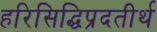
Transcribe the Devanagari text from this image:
हरिसिद्धिप्रदतीर्थ